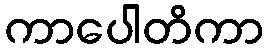
ကာပေါတိကာ